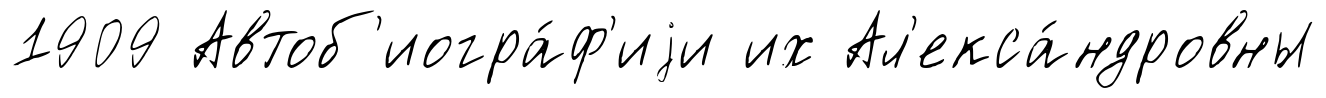
1909 Автоб'иогра́ф'иjи их Ал'екса́ндровны